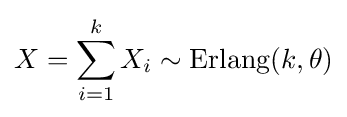
X=\sum _{i=1}^{k}X_{i}\sim \operatorname {Erlang} (k,\theta )